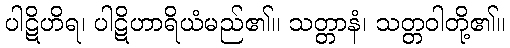
ပါဋိဟိရ၊ ပါဋိဟာရိယံမည်၏။ သတ္တာနံ၊ သတ္တဝါတို့၏။